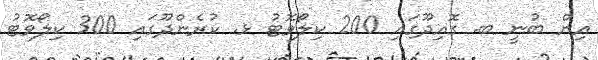
އިން ބުނީ ބ. ގޮއިދޫގައި 200 ކިލޯވޮޓު ޅ. ކުރެންދޫގައި 300 ކިލޯވޮޓު